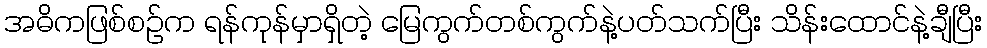
အဓိကဖြစ်စဉ်က ရန်ကုန်မှာရှိတဲ့ မြေကွက်တစ်ကွက်နဲ့ပတ်သက်ပြီး သိန်းထောင်နဲ့ချီပြီး